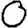
Digit: 0